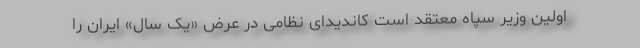
اولین وزیر سپاه معتقد است کاندیدای نظامی در عرض «یک سال» ایران را